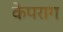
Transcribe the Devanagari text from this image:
केपराग